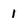
Character: 1